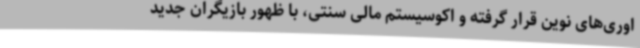
اوری‌های نوین قرار گرفته‌ و اکوسیستم مالی سنتی، با ظهور بازیگران جدید